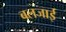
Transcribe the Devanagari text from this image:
बलजाई